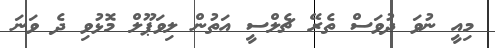
މިއީ ނުވަ ދުވަސް ތެރޭ ޗެލްސީ އަތުން ލިވަޕޫލް މޮޅުވި ދެ ވަނަ